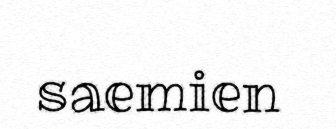
saemien